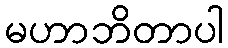
မဟာဘိတာပါ